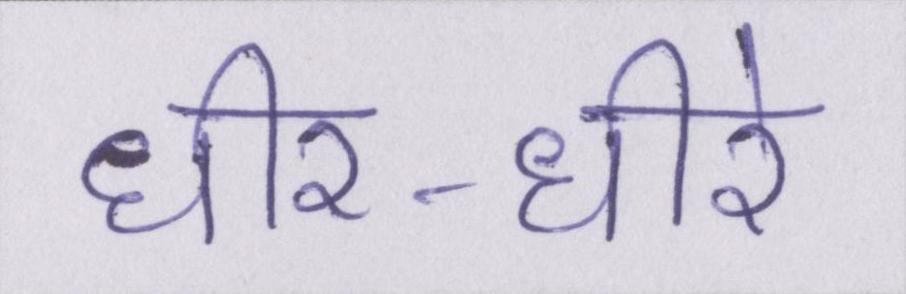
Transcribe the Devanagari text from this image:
धीर-धीरे